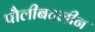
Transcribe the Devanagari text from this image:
पौलीबटलीन